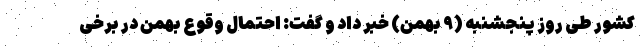
کشور طی روز پنجشنبه (۹ بهمن) خبر داد و گفت: احتمال وقوع بهمن در برخی